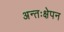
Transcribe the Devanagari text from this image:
अन्तःक्षेपन